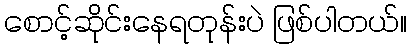
စောင့်ဆိုင်းနေရတုန်းပဲ ဖြစ်ပါတယ်။